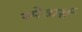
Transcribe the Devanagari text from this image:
स्पेअर्स